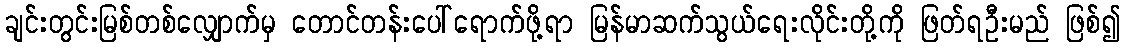
ချင်းတွင်းမြစ်တစ်လျှောက်မှ တောင်တန်းပေါ်ရောက်ဖို့ရာ မြန်မာဆက်သွယ်ရေးလိုင်းတို့ကို ဖြတ်ရဦးမည် ဖြစ်၍